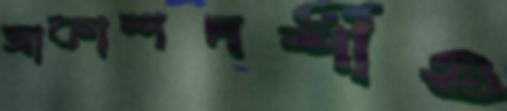
আকাশদর্শীও